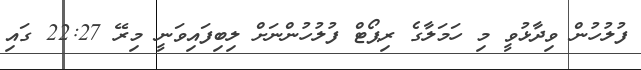
ފުލުހުން ވިދާޅުވީ މި ހަމަލާގެ ރިޕޯޓް ފުލުހުންނަށް ލިބިފައިވަނީ މިރޭ 22:27 ގައި